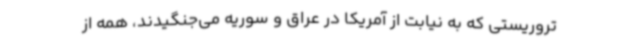
تروریستی که به نیابت از آمریکا در عراق و سوریه می‌جنگیدند، همه از